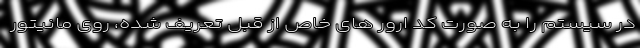
در سیستم را به صورت کد ارور های خاص از قبل تعریف شده، روی مانیتور